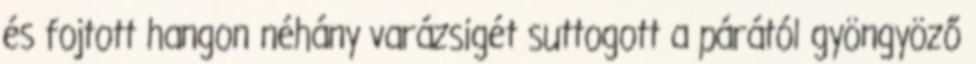
és fojtott hangon néhány varázsigét suttogott a párától gyöngyöző